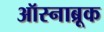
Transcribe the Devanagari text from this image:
ऑस्नाब्रूक